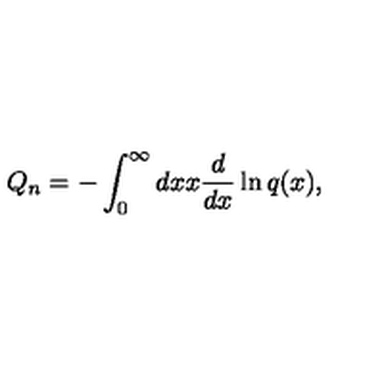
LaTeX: Q _ { n } = - \int _ { 0 } ^ { \infty } d x x { \frac { d } { d x } } \ln q ( x ) ,